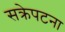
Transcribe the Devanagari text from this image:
सक्रेपटना